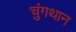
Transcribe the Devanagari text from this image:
चुंगथान